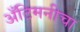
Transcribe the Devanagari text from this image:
अँटिमनीचा